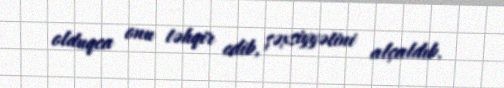
olduqca onu təhqir edib, şəxsiyyətini alçaldıb.